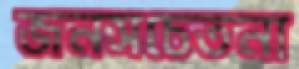
জনসচেতনা